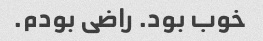
خوب بود. راضی بودم.